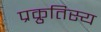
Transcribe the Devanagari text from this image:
प्रक्रुतिस्य